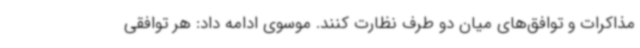
مذاکرات و توافق‌های میان دو طرف نظارت کنند. موسوی ادامه داد: هر توافقی